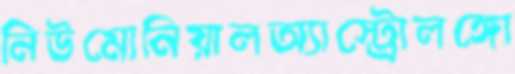
নিউমোনিয়ালঅ্যাস্ট্রোলঙ্গো